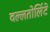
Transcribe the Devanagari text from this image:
वल्लतोलिंटे